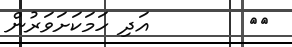
٣٧        އަދި ހަމަކަށަވަރުން